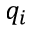
q _ { i }